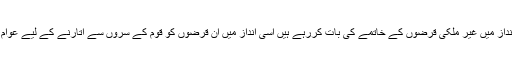
آج پی ایس پی کے عمائدین جس انداز میں غیر ملکی قرضوں کے خاتمے کی بات کررہے ہیں اسی انداز میں ان قرضوں کو قوم کے سروں سے اتارنے کے لیے عوام کو یقین دہانی بھی کروارہے ہیں۔